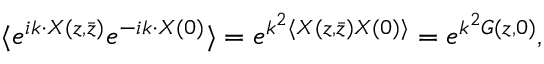
\langle e ^ { i k \cdot X ( z , \bar { z } ) } e ^ { - i k \cdot X ( 0 ) } \rangle = e ^ { k ^ { 2 } \langle X ( z , \bar { z } ) X ( 0 ) \rangle } = e ^ { k ^ { 2 } G ( z , 0 ) } ,